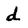
Character: d